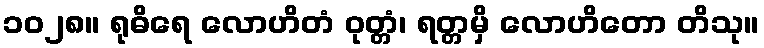
၁၀၂၈။ ရုဓိရေ လောဟိတံ ဝုတ္တံ၊ ရတ္တမှိ လောဟိတော တိသု။